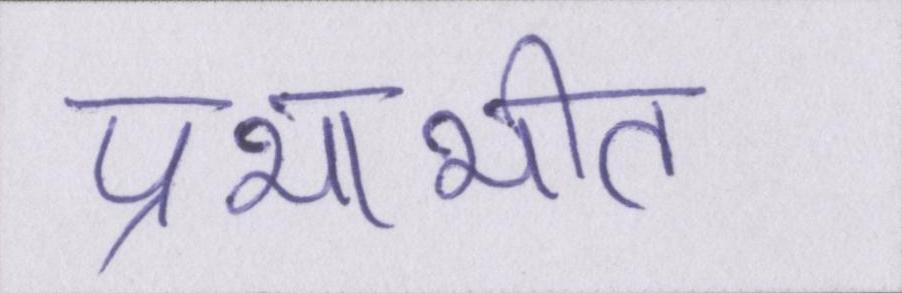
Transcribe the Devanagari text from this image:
प्रभाभीत